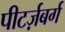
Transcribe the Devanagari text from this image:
पीटर्ज़बर्ग